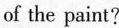
of the paint?